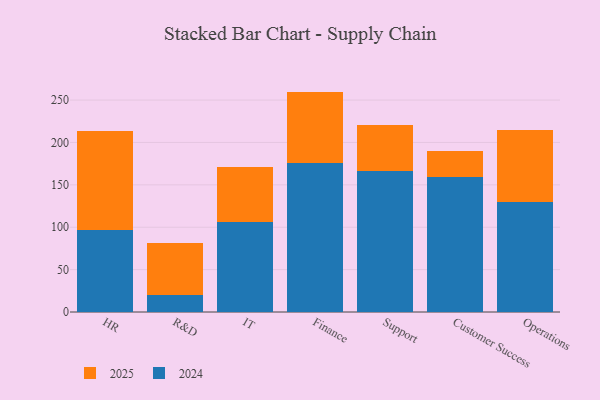
{"axis": {"x": "Department", "y": "Waste Production (Tons)"}, "legend": ["2024", "2025"], "data": [{"x": "HR", "y": 97.3, "type": "2024"}, {"x": "HR", "y": 116.8, "type": "2025"}, {"x": "R&D", "y": 20.3, "type": "2024"}, {"x": "R&D", "y": 60.9, "type": "2025"}, {"x": "IT", "y": 106.6, "type": "2024"}, {"x": "IT", "y": 64.8, "type": "2025"}, {"x": "Finance", "y": 175.9, "type": "2024"}, {"x": "Finance", "y": 84.1, "type": "2025"}, {"x": "Support", "y": 166.8, "type": "2024"}, {"x": "Support", "y": 54.0, "type": "2025"}, {"x": "Customer Success", "y": 159.2, "type": "2024"}, {"x": "Customer Success", "y": 30.3, "type": "2025"}, {"x": "Operations", "y": 129.6, "type": "2024"}, {"x": "Operations", "y": 85.4, "type": "2025"}]}